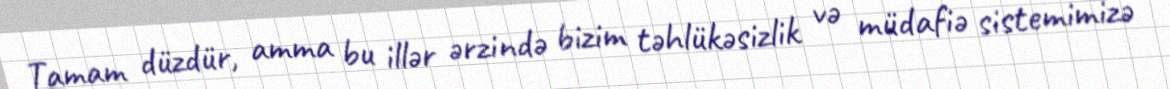
Tamam düzdür, amma bu illər ərzində bizim təhlükəsizlik və müdafiə sistemimizə